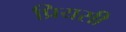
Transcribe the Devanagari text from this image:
प्रियसी